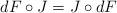
LaTeX: \begin{align*} dF\circ J = J \circ dF\end{align*}